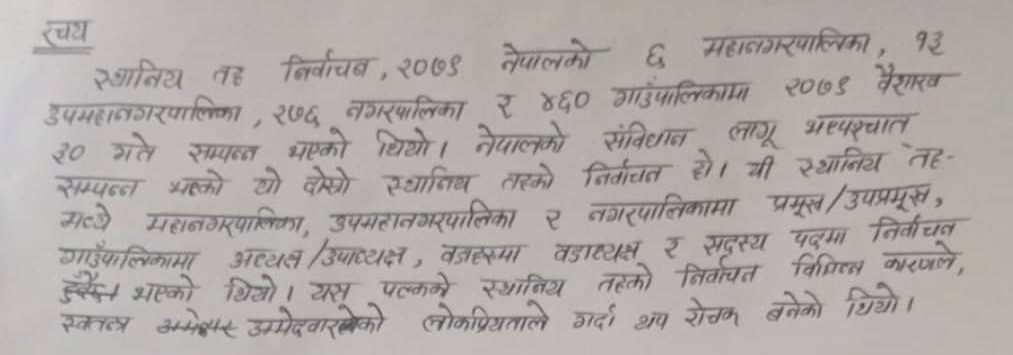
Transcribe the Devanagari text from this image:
रचय
स्थानीय तह निर्वाचन, २०७९ नेपालको ६ महानगरपालिका, १३
उपमहानगरपालिका, २७६ नगरपालिका र ४६० गाउँपालिकामा २०७९ वैशाख
३० गते सम्पन्न भएको थियो। नेपालको संविधान लागू भएपश्चात
सम्पन्न भएको यो दोस्रो स्थानीय तहको निर्वाचन हो। यी स्थानीय तह
मध्ये महानगरपालिका, उपमहानगरपालिका र नगरपालिकामा प्रमुख/उपप्रमुख,
गाउँपालिकामा अध्यक्ष/उपाध्यक्ष, वडाध्यक्ष र सदस्य पदमा निर्वाचन
विभिन्न कारणले,
हुँदै आएको थियो। यस पटकको स्थानीय तहको निर्वाचन
स्वतन्त्र उम्मेदवारलेको लोकप्रियताले गर्दा थप रोचक बनेको थियो।